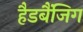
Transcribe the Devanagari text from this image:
हैडबैंजिग